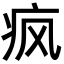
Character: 疯